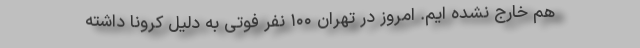
هم خارج نشده ایم. امروز در تهران ۱۰۰ نفر فوتی به دلیل کرونا داشته